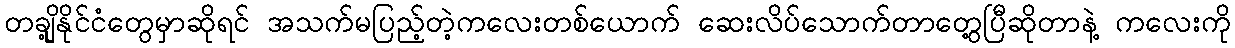
တချို့နိုင်ငံတွေမှာဆိုရင် အသက်မပြည့်တဲ့ကလေးတစ်ယောက် ဆေးလိပ်သောက်တာတွေ့ပြီဆိုတာနဲ့ ကလေးကို